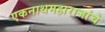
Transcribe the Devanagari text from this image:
एकनाथमहाराजांचे